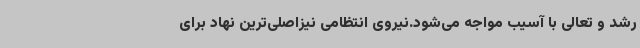
رشد و تعالی با آسیب مواجه می‌شود.نیروی انتظامی نیزاصلی‌ترین نهاد برای